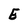
Character: E